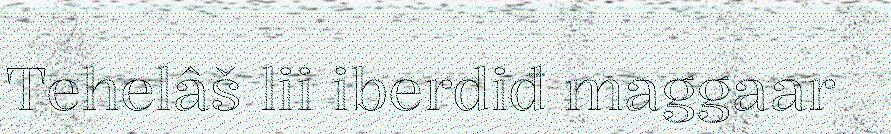
Tehelâš lii iberdiđ maggaar